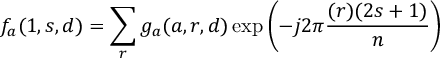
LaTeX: f _ { a } ( 1 , s , d ) = \sum _ { r } g _ { a } ( a , r , d ) \exp \left( - j 2 \pi { \frac { ( r ) ( 2 s + 1 ) } { n } } \right)